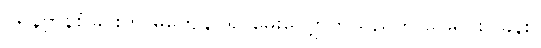
ပရိနိဗ္ဗာန်စံခြင်းကို မကျေနပ်၍ မေးလျှောက်သည်ကို ဖြေရှင်းပြခန်း။